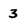
Character: 3